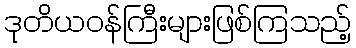
ဒုတိယဝန်ကြီးများဖြစ်ကြသည့်